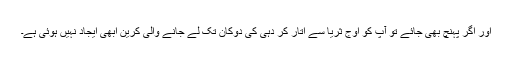
اور اگر پہنچ بھی جائے تو آپ کو اوجِ ثریا سے اُتار کر دہی کی دوکان تک لے جانے والی کرین ابھی ایجاد نہیں ہوئی ہے۔